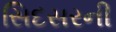
સિદસરની